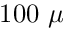
1 0 0 ~ \mu